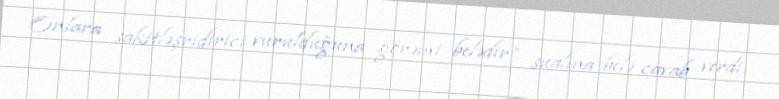
Onlara sakitləşridirici vurulduğuna görəmi belədir” sualına belə cavab verdi: